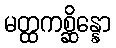
မတ္ထကစ္ဆိန္နော